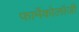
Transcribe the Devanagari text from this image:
फार्मेकोलॉजी